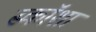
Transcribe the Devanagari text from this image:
स्कॉशा